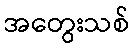
အတွေးသစ်